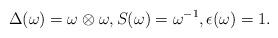
LaTeX: \begin{align*}\Delta(\omega)=\omega\otimes \omega, S(\omega)=\omega^{-1}, \epsilon(\omega)=1.\end{align*}